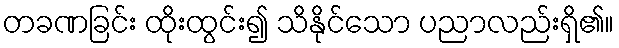
တခဏခြင်း ထိုးထွင်း၍ သိနိုင်သော ပညာလည်းရှိ၏။